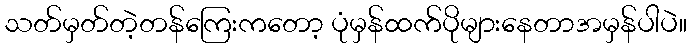
သတ်မှတ်တဲ့တန်ကြေးကတော့ ပုံမှန်ထက်ပိုများနေတာအမှန်ပါပဲ။